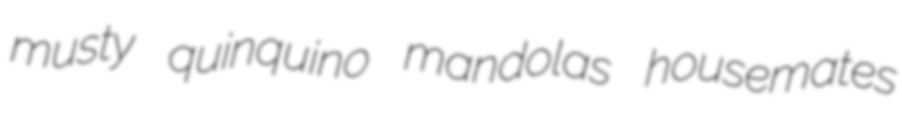
musty quinquino mandolas housemates